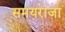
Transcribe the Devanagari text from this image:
समयराजा